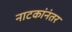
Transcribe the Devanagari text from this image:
नाटकांनंतर